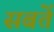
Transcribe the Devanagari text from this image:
सबतें